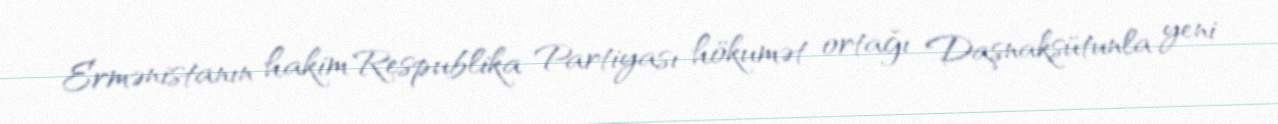
Ermənistanın hakim Respublika Partiyası hökumət ortağı Daşnaksütunla yeni